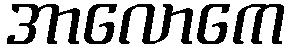
အာလောကေ